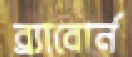
ব্র্যাবোর্ন